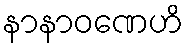
နာနာဝဏေဟိ